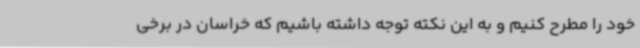
خود را مطرح کنیم و به این نکته توجه داشته باشیم که خراسان در برخی